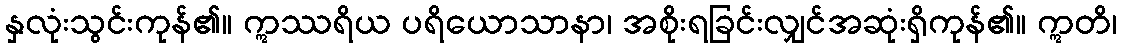
နှလုံးသွင်းကုန်၏။ ဣဿရိယ ပရိယောသာနာ၊ အစိုးရခြင်းလျှင်အဆုံးရှိကုန်၏။ ဣတိ၊